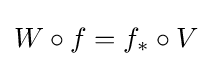
W\circ f=f_{*}\circ V